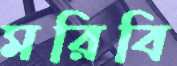
মরিবি